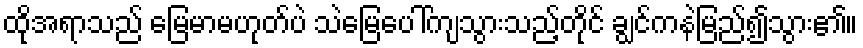
ထိုအရာသည် မြေမာမဟုတ်ပဲ သဲမြေပေါ်ကျသွားသည့်တိုင် ချွင်ကနဲမြည်၍သွား၏။